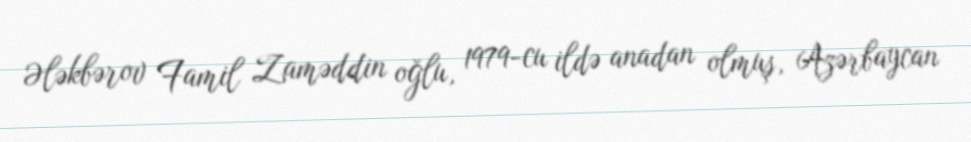
Ələkbərov Famil Zaməddin oğlu, 1979-cu ildə anadan olmuş, Azərbaycan